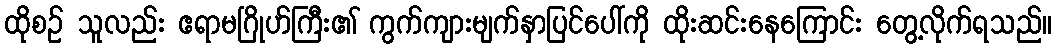
ထိုစဉ် သူလည်း ဧရာမဂြိုဟ်ကြီး၏ ကွက်ကျားမျက်နှာပြင်ပေါ်ကို ထိုးဆင်းနေကြောင်း တွေ့လိုက်ရသည်။